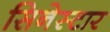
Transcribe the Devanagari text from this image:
सिनेस्टार